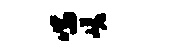
喘嵯